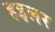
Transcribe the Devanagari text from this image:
हइलर